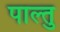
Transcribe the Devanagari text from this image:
पाल्तु